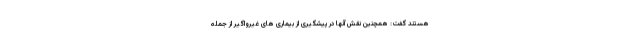
هستند گفت: همچنین نقش آنها در پیشگیری از بیماری های غیرواگیر از جمله